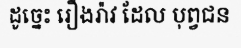
ដូច្នេះ រឿងរ៉ាវ ដែល បុព្វជន